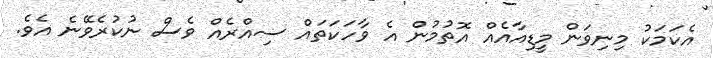
އެކަމަކު މިނިވަން މީޑިއާއެއް އޮތުމުން އެ ވާހަކަތައް ސިއްރެއް ވެސް ނުކުރެވޭނެ އެވެ.